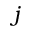
j